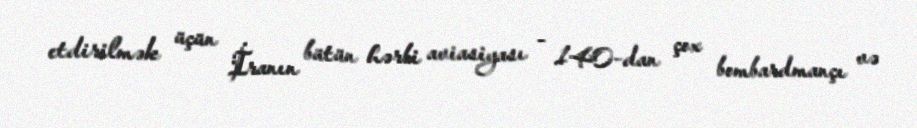
etdirilmək üçün İranın bütün hərbi aviasiyası - 140-dan çox bombardmançı və